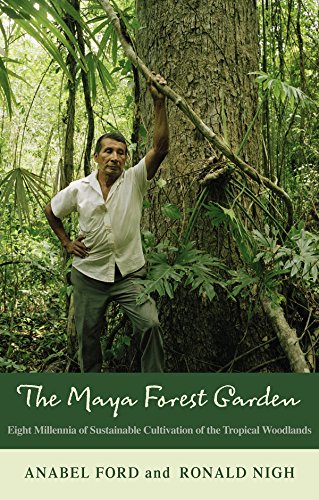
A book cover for Maya Forest Garden: Eight Millennia of Sustainable Cultivation of the Tropical Woodlands (New Frontiers in Historical Ecology); Anabel Ford; History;